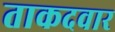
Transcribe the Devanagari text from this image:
ताकदवार